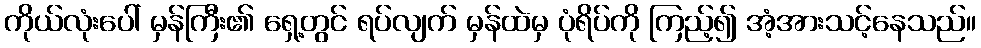
ကိုယ်လုံးပေါ် မှန်ကြီး၏ ရှေ့တွင် ရပ်လျက် မှန်ထဲမှ ပုံရိပ်ကို ကြည့်၍ အံ့အားသင့်နေသည်။